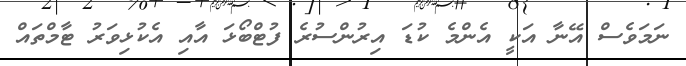
ނަމަވެސް އޭނާ އަކީ އެންމެ ކުޑަ އިރުންސުރެ ފުޓްބޯޅަ އާއި އެކުޅިވަރު ޓާމްތައް